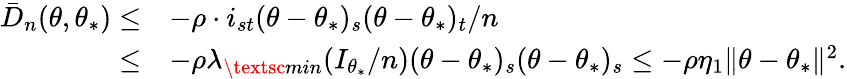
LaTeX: \begin{array}{rl}{\bar{D}_{n}(\theta,\theta_{*})\leq}&{-\rho\cdot i_{st}(\theta-\theta_{*})_{s}(\theta-\theta_{*})_{t}/n}\\ {\leq}&{-\rho\lambda_{\textsc{min}}(I_{\theta_{*}}/n)(\theta-\theta_{*})_{s}(\theta-\theta_{*})_{s}\leq-\rho\eta_{1}\| \theta-\theta_{*}\| ^{2}.}\end{array}